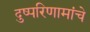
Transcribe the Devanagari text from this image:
दुष्परिणामांचे